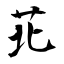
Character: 苝